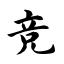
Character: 竞